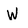
Character: W